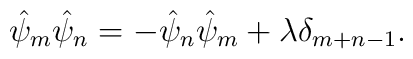
\hat{\psi }_m \hat{\psi }_n = -\hat{\psi }_n \hat{\psi }_m + \lambda \delta_{m+n-1}.